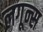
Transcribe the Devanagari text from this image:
लगून्स